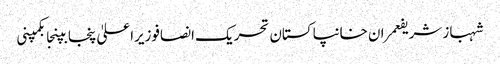
شہباز شریفعمران خانپاکستان تحریک انصافوزیراعلیٰ پنجابپنجابکمپنی